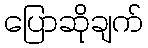
ပြောဆိုချက်